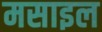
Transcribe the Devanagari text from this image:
मसाइल